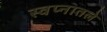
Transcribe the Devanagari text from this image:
स्वप्नातले